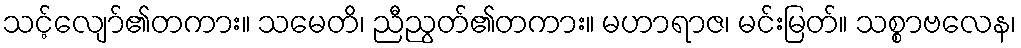
သင့်လျော်၏တကား။ သမေတိ၊ ညီညွတ်၏တကား။ မဟာရာဇ၊ မင်းမြတ်။ သစ္စာဗလေန၊